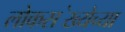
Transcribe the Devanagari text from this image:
लोकस॓ख्येच्या